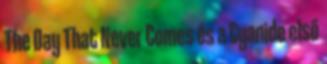
The Day That Never Comes és a Cyanide első